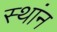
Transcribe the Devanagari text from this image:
स्थांन